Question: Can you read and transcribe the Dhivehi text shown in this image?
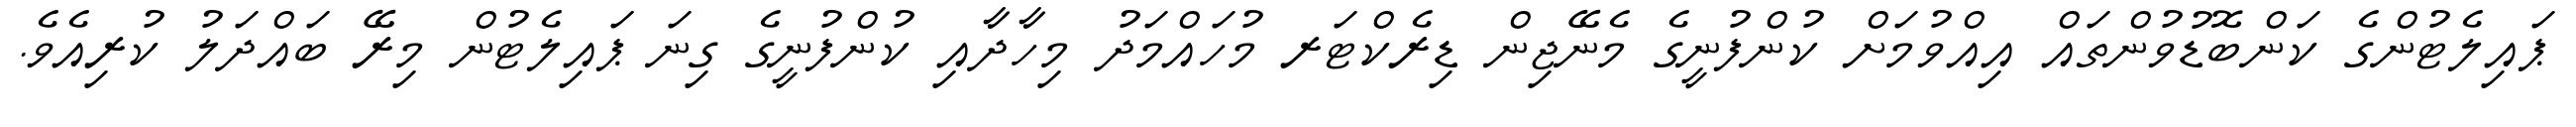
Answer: ޕައިލެޓުންގެ ކަންބޮޑުވުންތައް އިއްވުމަށް ކުންފުނީގެ މެނޭޖިން ޑިރެކްޓަރ މުހައްމަދު މިހާދާއި ކުންފުނީގެ ގިނަ ޕައިލެޓުން މިރޭ ބައްދަލު ކުރިއެވެ.